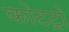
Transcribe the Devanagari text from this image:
कोटट्रो